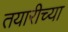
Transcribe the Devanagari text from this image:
तयारीच्या